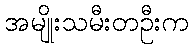
အမျိုးသမီးတဦးက